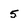
Character: 5